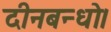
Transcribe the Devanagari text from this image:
दीनबन्धो।